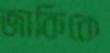
জাকিকে